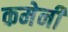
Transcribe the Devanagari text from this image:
कमेनी